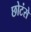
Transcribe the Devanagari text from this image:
छोटंसे